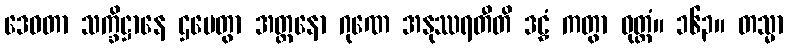
ဒေဝတာ သက္ခိဋ္ဌာနေ ဌပေတွာ အတ္တနော ဂုဏေ အနုဿရတီတိ ဒဠှံ ကတွာ ဝုတ္တံ။ ၁၆၃။ တသ္မာ